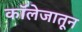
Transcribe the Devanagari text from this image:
काॅलेजातून